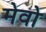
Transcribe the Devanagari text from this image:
मेवो